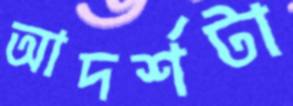
আদর্শটা